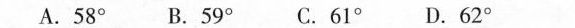
A.58° B.59° C.61° D.62°C